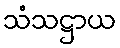
သံသဋ္ဌာယ